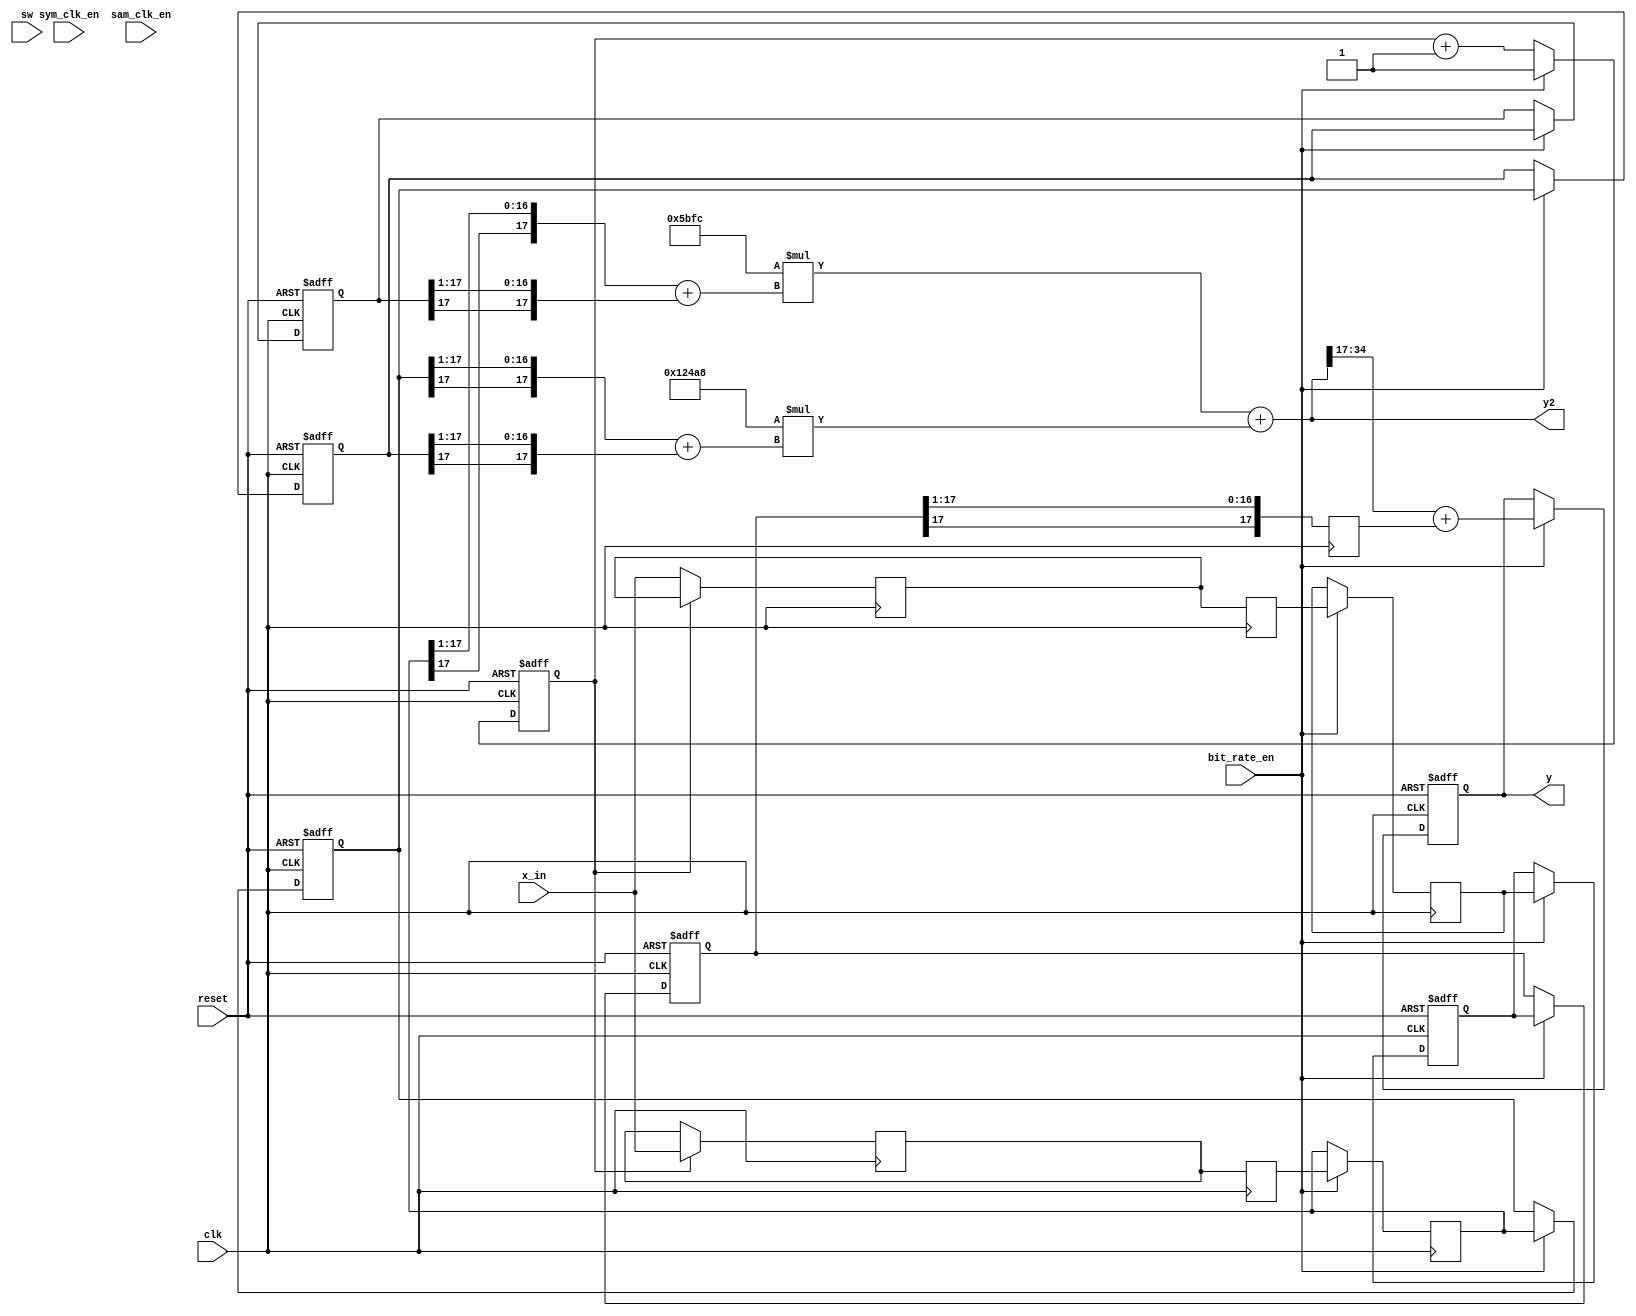
module halfband_filter_decim_poly(
    input clk, reset, sym_clk_en, sam_clk_en, bit_rate_en,
							input [1:0] sw,
                    input signed [17:0] x_in, //1s17
                    output reg signed [17:0] y, //1s17);
						  output reg signed [35:0] y2
);


reg signed [17:0] y1, y2_acc_delay, y2_acc_delay2;
reg signed [35:0]  y2_acc;// 2s34y2,
reg counter, counter_lpf;
// inputs
reg signed [17:0] x1[2:0]; // 1s17 filter 1 input
reg signed [17:0] x2[3:0]; // 1s17 filter 2 input
reg signed [17:0] x1_delay, x2_delay, x1_delay2, x2_delay2;

integer i;
// coefficients
reg signed [17:0] h_mult, x_mult; // 0s18 and 1s17
wire signed [17:0] h3, h1; // 0s18
reg signed [17:0] h3_in, h1_in; // 2s16
reg signed [35:0] h3_out, h1_out; // 2s34

assign h3 = 18'sd 74920; // 0s18
assign h1 = -18'sd 9220; // 0s18


// always @ (posedge clk or posedge reset)
//     if(reset)
//         x1[0] <= 18'sd0;
    
//     // else if(sam_clk_en)
//     else
//         x1[0] <= x_in;
//     // else
//     //     x[0] <= x[0];

always @ (posedge clk)
    if(counter == 1'b0)
        x1_delay <= x_in;
    else 
        x1_delay <= x1_delay;

always @ (posedge clk)
	x1_delay2 <= x1_delay;


always @ (posedge clk)
    if(counter == 1'b1)
        x2_delay <= x_in;
    else 
        x2_delay <= x2_delay;

always @ (posedge clk)
	x2_delay2 <= x2_delay;
		  
always @ (posedge clk)
    if(bit_rate_en)
        x1[0] <= x1_delay2;
    else 
        x1[0] <= x1[0];

always @ (posedge clk)
    if(bit_rate_en)
        x2[0] <= x2_delay2;
    else 
        x2[0] <= x2[0];


// x1 delays
always @ (posedge clk or posedge reset)
    if(reset)
        for(i=1; i < 3; i = i+1)
            x1[i] <= 18'sd0;
    else if (bit_rate_en)
        for(i=1; i < 3; i = i+1)
            x1[i] <= x1[i-1];
    else
        for(i = 1; i < 3; i = i+1)
            x1[i] <= x1[i];   

// x2 delays
always @ (posedge clk or posedge reset)
    if(reset)
        for(i=1; i < 4; i = i+1)
            x2[i] <= 18'sd0;
    else if (bit_rate_en)
        for(i=1; i < 4; i = i+1)
            x2[i] <= x2[i-1];
    else
        for(i = 1; i < 4; i = i+1)
            x2[i] <= x2[i];   




// filter 1
always @ (posedge clk)
    y1 = x1[2] >>> 1;

// filter 2
always @ *
    h3_in = {x2[1][17], x2[1][17:1]} + {x2[2][17], x2[2][17:1]}; //2s16

always @ *
    h1_in = {x2[0][17], x2[0][17:1]} + {x2[3][17], x2[3][17:1]}; //2s16


// always @ *
//     y2 = h_mult*x_mult;
always @ *
    h3_out = h3 * h3_in; // 2s34

always @ *
    h1_out = h1 * h1_in; //2s34

always @ *
    y2 = h1_out + h3_out; // 2s34 + 2s34

always @ (posedge clk or posedge reset)
    if (reset)
        y <= 18'sd0;
    else if (bit_rate_en)
        y <= y2[34:17] + y1;
    else
        y <= y;

// output and counter
always @ (posedge clk or posedge reset)
    if(reset)
        counter <= 1'b1;
	else if (bit_rate_en)
		counter <= 1'b1;
    else //if(clock_12_5_en)
        counter <= counter + 1'b1;




endmodule